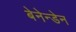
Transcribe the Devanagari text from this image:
बेनेन्डेन